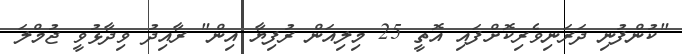
"ކުންފުނި ދަރަނިވެރިކޮށްފައި އޮތީ 25 މިލިއަން ރުފިޔާ އިން" ރާއިދު ވިދާޅުވީ ޖުމްލަ